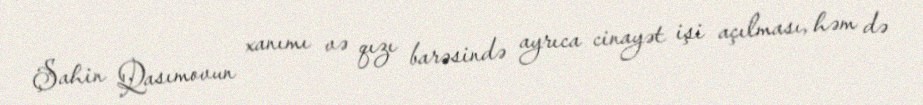
Şahin Qasımovun xanımı və qızı barəsində ayrıca cinayət işi açılması, həm də